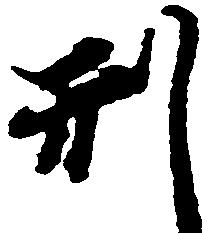
刑